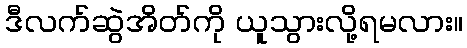
ဒီလက်ဆွဲအိတ်ကို ယူသွားလို့ရမလား။